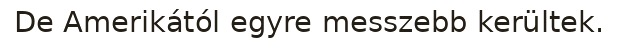
De Amerikától egyre messzebb kerültek.